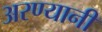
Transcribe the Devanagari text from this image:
अरण्यानी